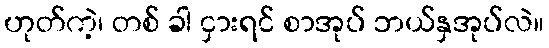
ဟုတ်ကဲ့၊ တစ် ခါ ငှားရင် စာအုပ် ဘယ်နှအုပ်လဲ။